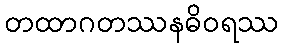
တထာဂတဿနဓိဝရဿ